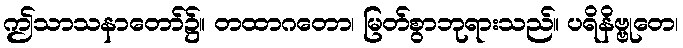
ဤသာသနာတော်၌။ တထာဂတော၊ မြတ်စွာဘုရားသည်။ ပရိနိဗ္ဗုတေ၊